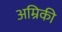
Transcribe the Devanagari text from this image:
अम्रिकी